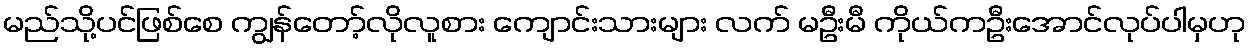
မည်သို့ပင်ဖြစ်စေ ကျွန်တော့်လိုလူစား ကျောင်းသားများ လက် မဦးမီ ကိုယ်ကဦးအောင်လုပ်ပါမှဟု